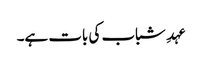
عہدِ شباب کی بات ہے۔